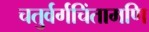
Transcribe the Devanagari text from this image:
चतुर्वर्गचिंतामणि